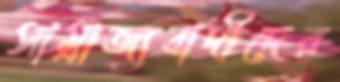
সাম্রাজ্যবাদীদের